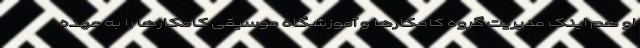
او هم اینک مدیریت گروه کامکارها و آموزشگاه موسیقی کامکارها را به عهده